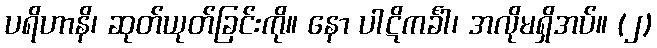
ပရိဟာနိ၊ ဆုတ်ယုတ်ခြင်းကို။ နော ပါဋိကင်္ခါ၊ အလိုမရှိအပ်။ (၂)